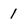
Character: 1